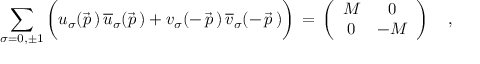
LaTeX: \sum _ { \sigma = 0 , \pm 1 } \bigg ( u _ { \sigma } ( \vec { p } \, ) \, { \overline { { u } } } _ { \sigma } ( \vec { p } \, ) + v _ { \sigma } ( - \, \vec { p } \, ) \, { \overline { { v } } } _ { \sigma } ( - \, \vec { p } \, ) \bigg ) \, = \, \left( \begin{array} { c c } { { { \cal M } } } & { { 0 } } \\ { { 0 } } & { { - { \cal M } } } \end{array} \right) \quad ,